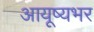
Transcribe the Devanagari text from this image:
आयूष्यभर